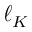
\ell _ { K }